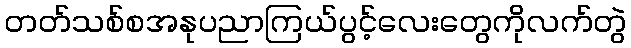
တတ်သစ်စအနုပညာကြယ်ပွင့်လေးတွေကိုလက်တွဲ